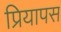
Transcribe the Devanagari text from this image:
प्रियापस